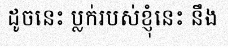
ដូចនេះ ប្លក់របស់ខ្ញុំនេះ នឹង